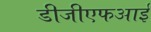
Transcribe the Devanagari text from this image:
डीजीएफआई